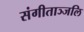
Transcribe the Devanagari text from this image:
संगीताञ्जलि